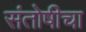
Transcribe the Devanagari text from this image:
संतोषीचा